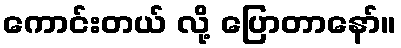
ကောင်းတယ် လို့ ပြောတာနော်။